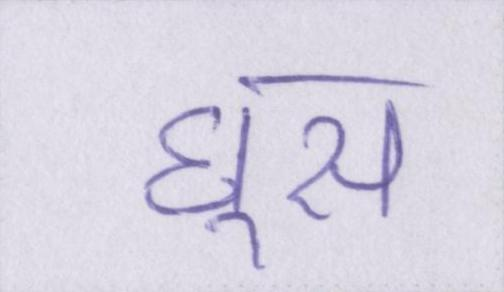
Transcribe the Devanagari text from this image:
घूस